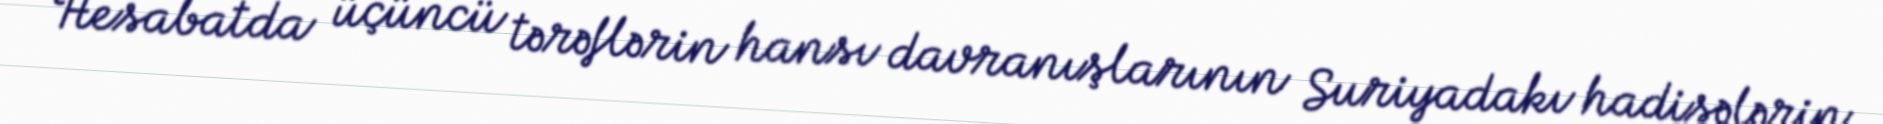
Hesabatda üçüncü tərəflərin hansı davranışlarının Suriyadakı hadisələrin